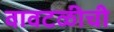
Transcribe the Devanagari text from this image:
वावटळीची